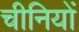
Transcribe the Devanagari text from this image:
चीनियाें